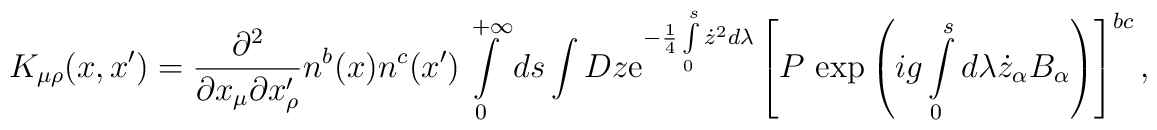
K_{\mu\rho}(x,x')=\frac{\partial^2}{\partial x_\mu\partial x_\rho'}n^b(x)n^c(x')\int\limits_0^{+\infty}ds\int Dz{\rm e}^{-\frac14\int\limits_0^s\dot z^2 d\lambda}\left[P{\,}\exp\left(ig\int\limits_0^sd\lambda\dot z_\alpha B_\alpha\right)\right]^{bc},